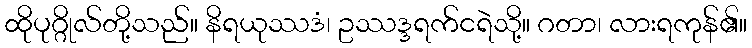
ထိုပုဂ္ဂိုလ်တို့သည်။ နိရယုဿဒံ၊ ဥဿဒ္ဒရက်ငရဲသို့။ ဂတာ၊ လားရကုန်၏။